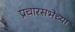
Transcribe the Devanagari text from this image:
प्रचारसभेच्या